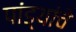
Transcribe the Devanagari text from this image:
पांड्यांचे